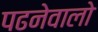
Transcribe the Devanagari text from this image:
पढनेवालो